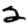
Digit: 2